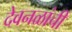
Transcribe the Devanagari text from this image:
देवनळांची